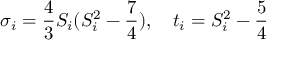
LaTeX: { \sigma } _ { i } = { \frac { 4 } { 3 } } S _ { i } ( S _ { i } ^ { 2 } - { \frac { 7 } { 4 } } ) , \quad t _ { i } = S _ { i } ^ { 2 } - { \frac { 5 } { 4 } }